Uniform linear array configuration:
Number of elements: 12
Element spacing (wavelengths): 0.25
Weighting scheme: hann
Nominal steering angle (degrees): -45
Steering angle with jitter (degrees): -44.66
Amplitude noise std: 0.05
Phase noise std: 0.05

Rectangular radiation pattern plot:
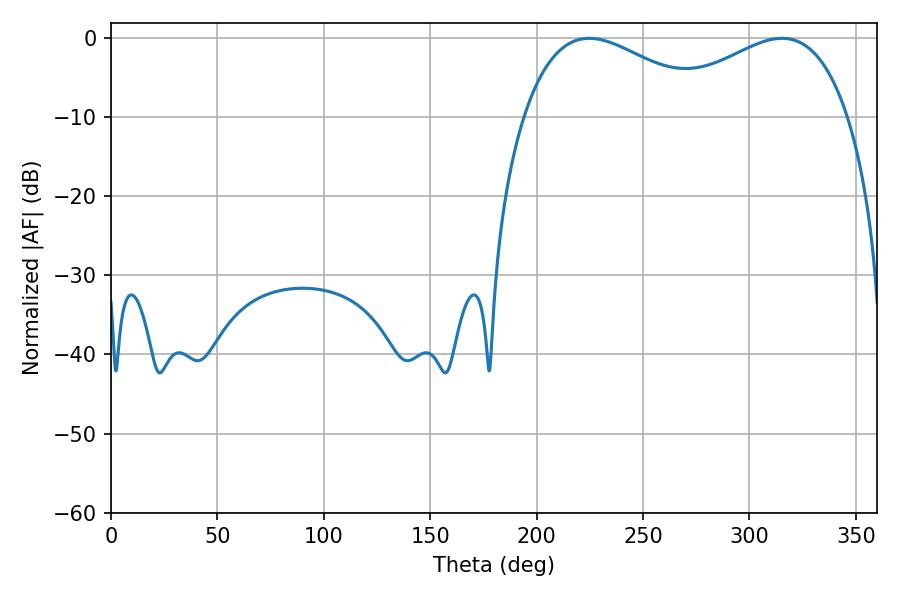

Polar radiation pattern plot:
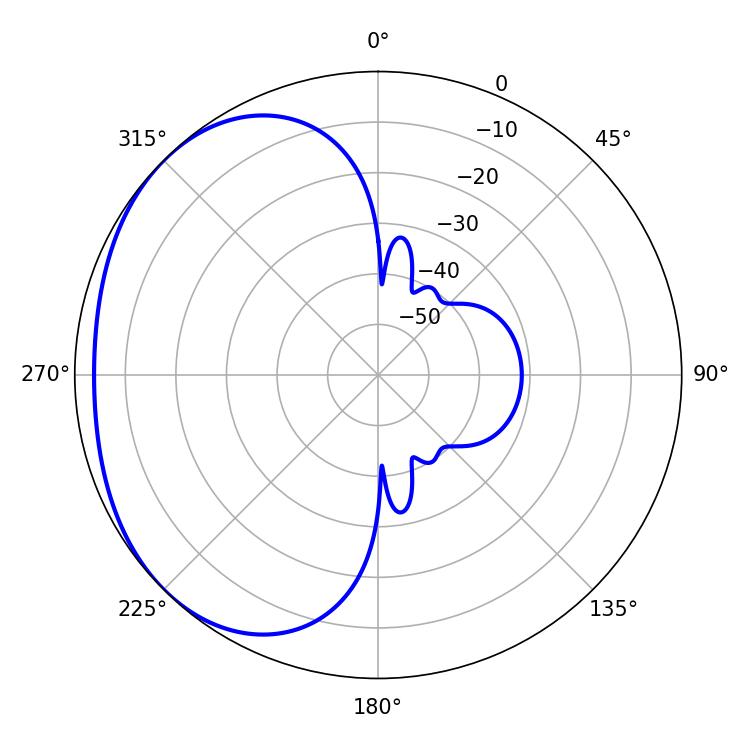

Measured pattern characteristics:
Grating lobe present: FALSE
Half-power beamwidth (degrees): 49.32
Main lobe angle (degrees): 224.64